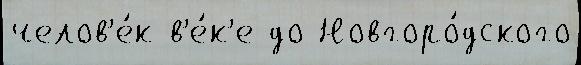
челов'е́к в'е́к'е до Новгоро́дского